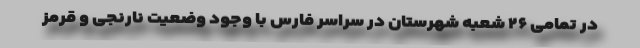
در تمامی ۲۶ شعبه شهرستان در سراسر فارس با وجود وضعیت نارنجی و قرمز